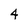
Character: 4